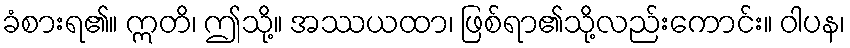
ခံစားရ၏။ ဣတိ၊ ဤသို့။ အဿယထာ၊ ဖြစ်ရာ၏သို့လည်းကောင်း။ ဝါပန၊